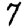
Digit: 7